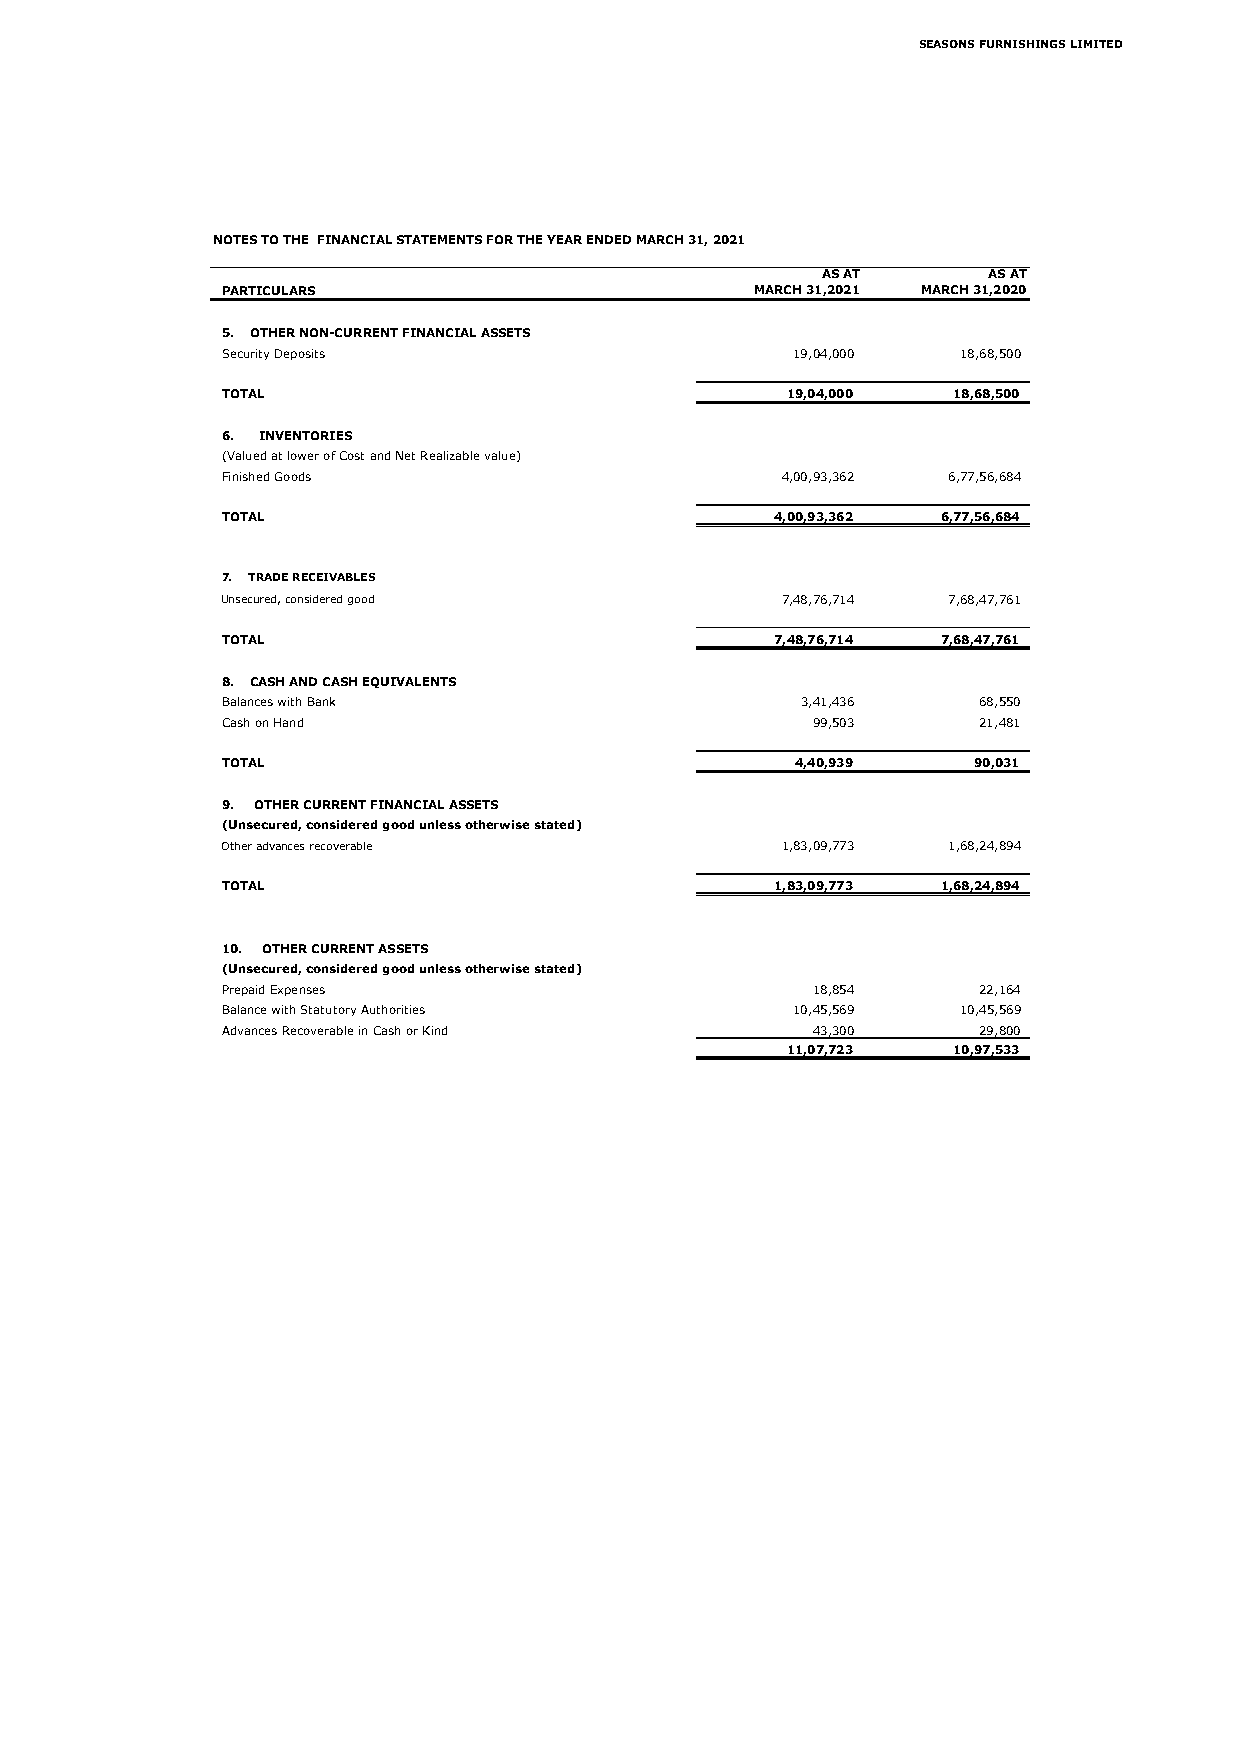
SEASONS FURNISHINGS LIMITED
 NOTES TO THE FINANCIAL STATEMENTS FOR THE YEAR ENDED MARCH 31, 2021
 AS AT      AS AT
 PARTICULARS                        MARCH 31,2021 MARCH 31,2020
 5. OTHER NON-CURRENT FINANCIAL ASSETS
 Security Deposits                    19,04,000   1 8,68,500
 TOTAL                                19,04,000  1 8,68,500
 6. INVENTORIES
 (Valued at lower of Cost and Net Realizable value)
 Finished Goods                       4 ,00,93,362 6 ,77,56,684
 TOTAL                               4 ,00,93,362 6 ,77,56,684
 7. TRADE RECEIVABLES
 Unsecured, considered good           7,48,76,714 7,68,47,761
 TOTAL                               7 ,48,76,714 7 ,68,47,761
 8. CASH AND CASH EQUIVALENTS
 Balances with Bank                    3,41,436    68,550
 Cash on Hand                           99,503     21,481
 TOTAL                                 4 ,40,939  9 0,031
 9. OTHER CURRENT FINANCIAL ASSETS
 (Unsecured, considered good unless otherwise stated)
 Other advances recoverable           1 ,83,09,773 1 ,68,24,894
 TOTAL                               1 ,83,09,773 1 ,68,24,894
 10. OTHER CURRENT ASSETS
 (Unsecured, considered good unless otherwise stated)
 Prepaid Expenses                       1 8,854    2 2,164
 Balance with Statutory Authorities   1 0,45,569  1 0,45,569
 Advances Recoverable in Cash or Kind   4 3,300    2 9,800
 1 1,07,723 10,97,533